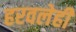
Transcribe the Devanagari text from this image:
हरवलेही